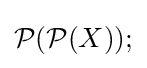
{\mathcal {P}}({\mathcal {P}}(X));